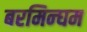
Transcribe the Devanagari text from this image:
बरमिन्घम